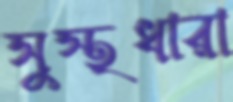
সুস্থধারা